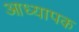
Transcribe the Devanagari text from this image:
आध्यापक